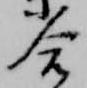
合